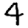
Digit: 4